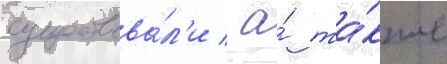
существова́л'и / а́ та́кже